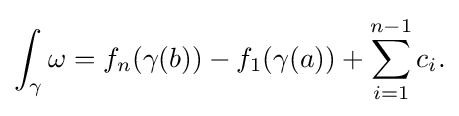
\displaystyle {\int _{\gamma }\omega =f_{n}(\gamma (b))-f_{1}(\gamma (a))+\sum _{i=1}^{n-1}c_{i}.}